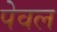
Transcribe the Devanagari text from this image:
पेवल